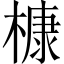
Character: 槺